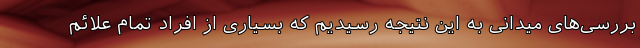
بررسی‌های میدانی به این نتیجه رسیدیم که بسیاری از افراد تمام علائم